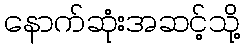
နောက်ဆုံးအဆင့်သို့